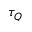
\tau _ { Q }